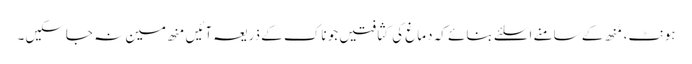
ہونٹ، مُنھ کے سامنے اِسلئے بنائے کہ دماغ کی کثافتیں جو ناک کے ذریعہ آئیں منھ مین نہ جاسکیں۔